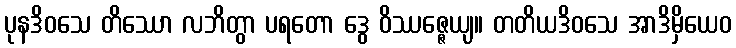
ပုနဒိဝသေ တိဿော လဘိတွာ ပရတော ဒွေ ဝိဿဇ္ဇေယျ။ တတိယဒိဝသေ အာဒိမှိယေဝ